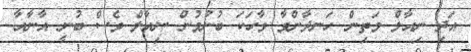
އަދި ނިއާލް މަތިން ހަނދާންވާ ވާހަކަ ބުނުމުން ނިއާލް ވެސް ބުނީ އާނާއާ